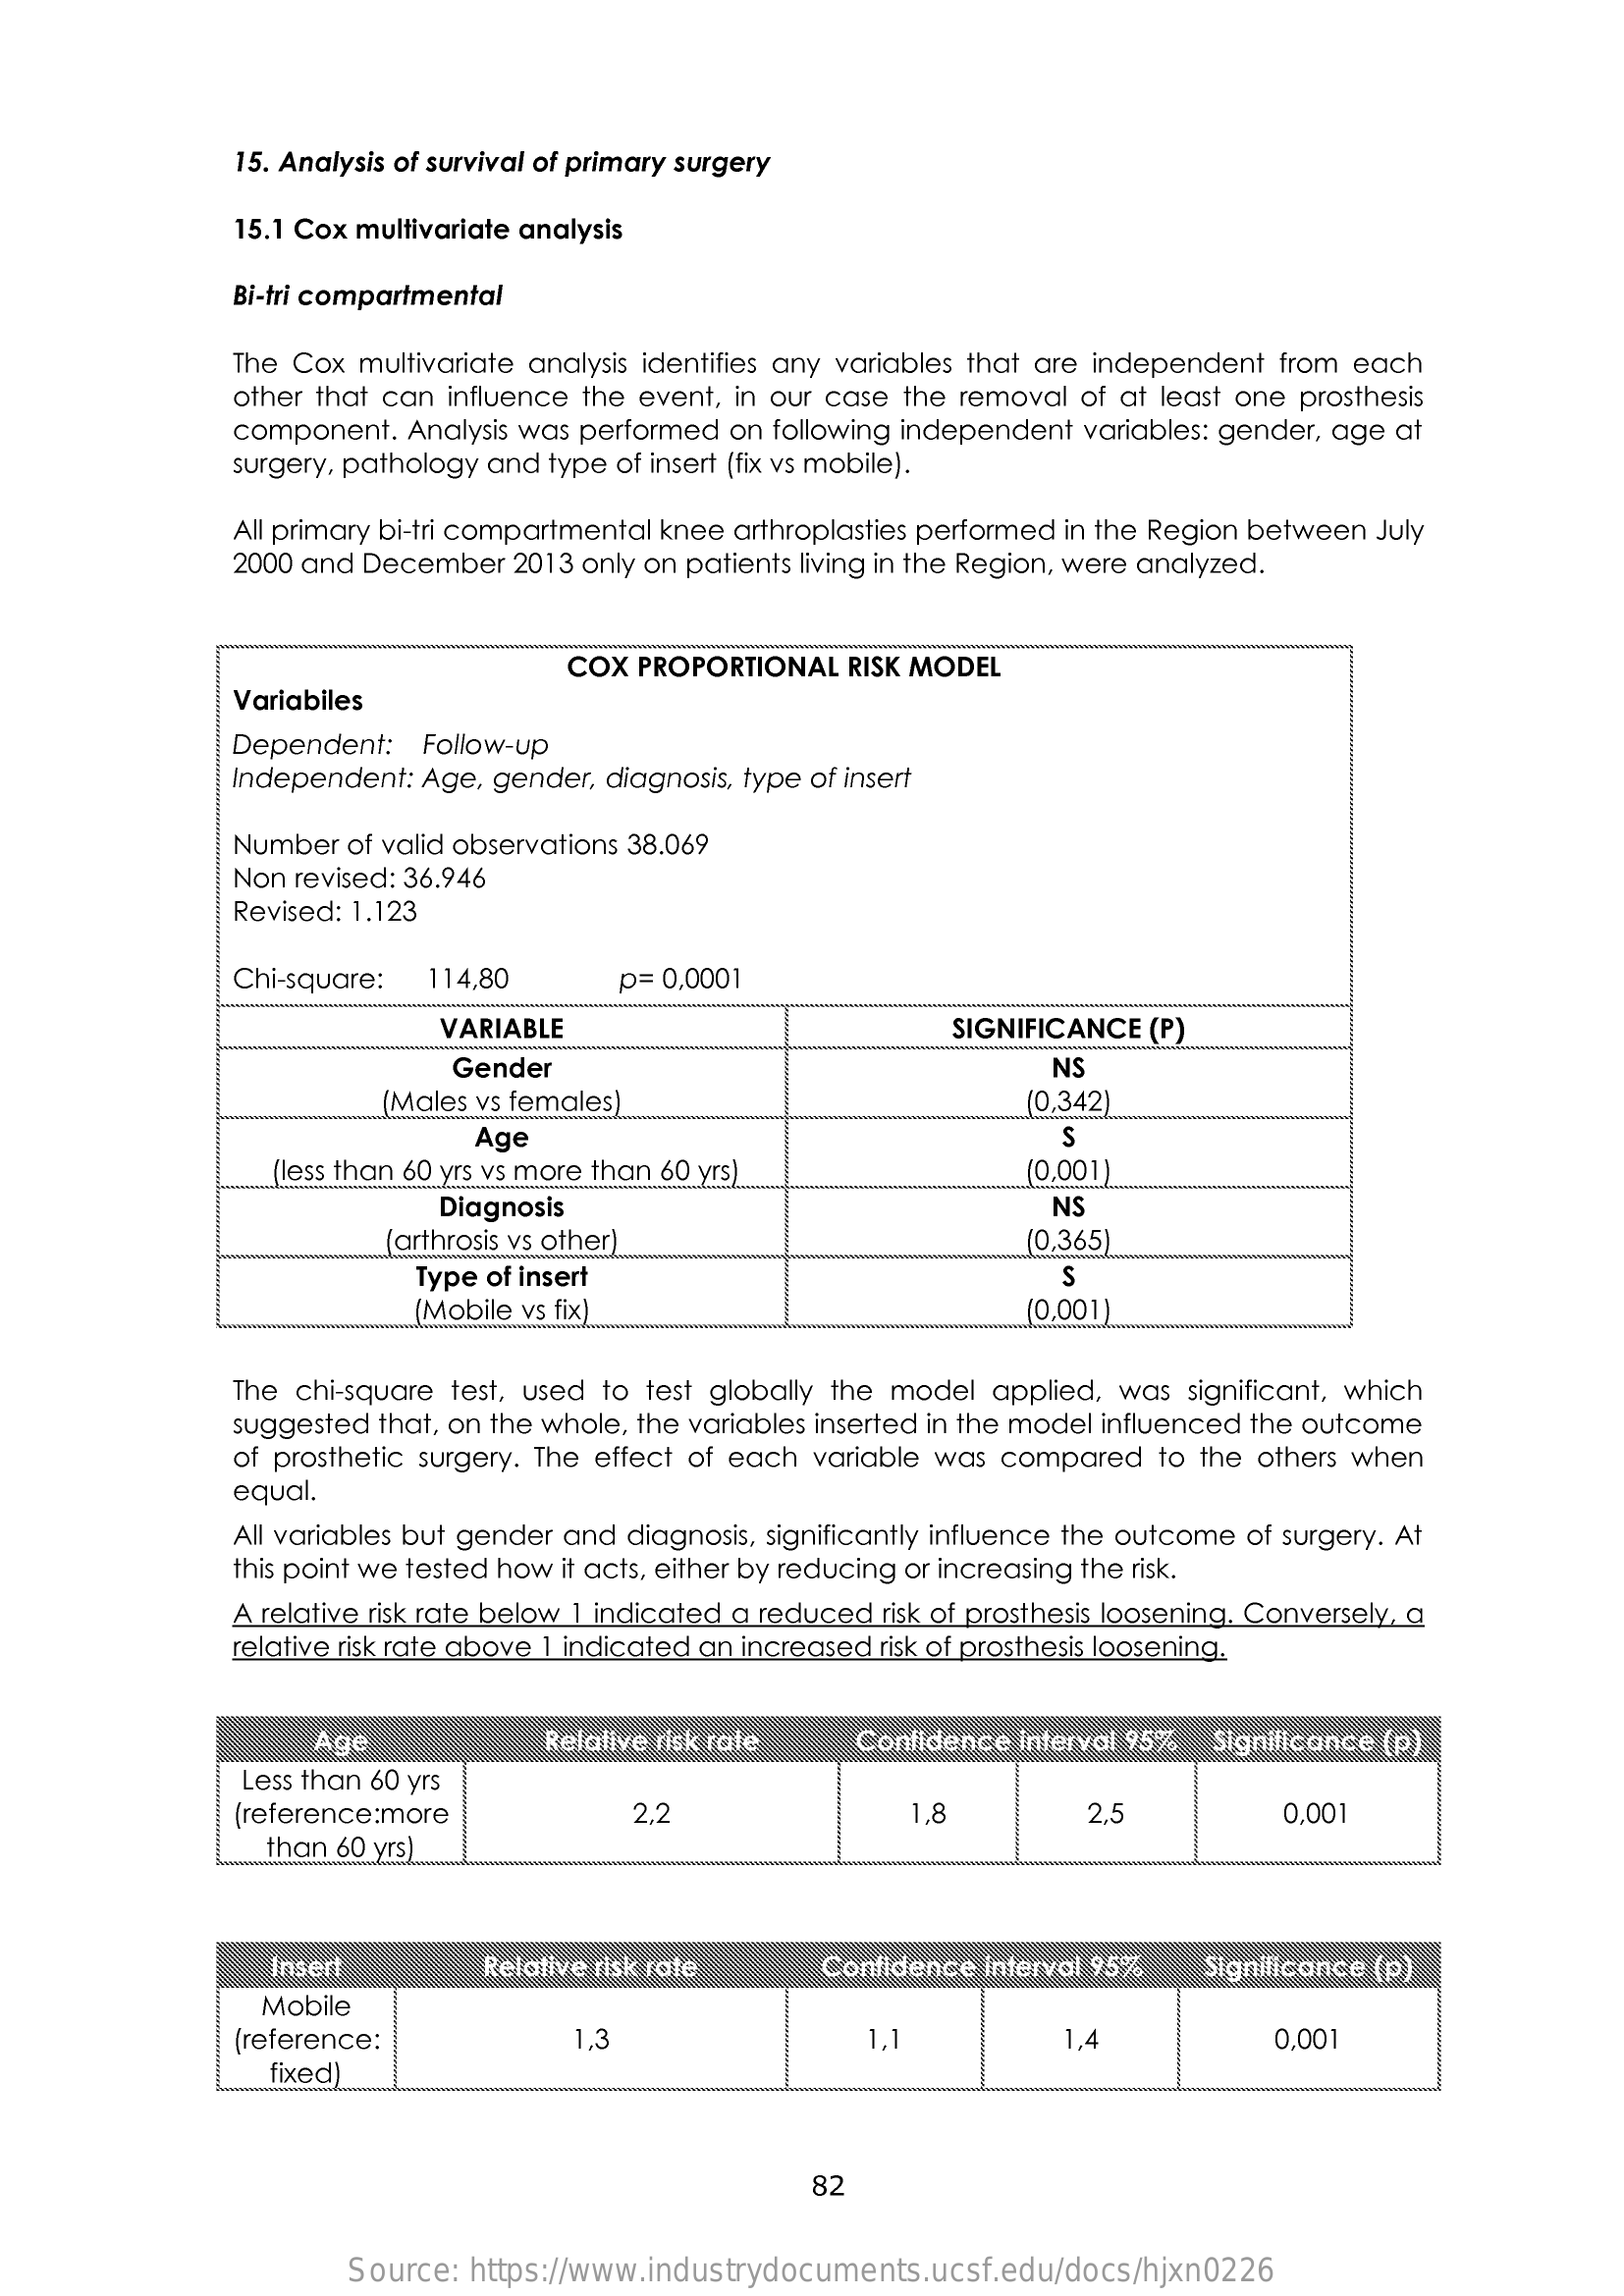
15. Analysis of survival of primary surgery
     15.1 Cox multivariate analysis
     Bi-tri compartmental
     The Cox multivariate analysis identifies any variables that are independent from each
     other that can influence the event, in our case the removal of at least one prosthesis
     component. Analysis was performed on following independent variables: gender, age at
     surgery, pathology and type of insert (fix vs mobile).
     All primary bi-tri compartmental knee arthroplasties performed in the Region between July
     2000 and December 2013 only on patients living in the Region, were analyzed.
     COX  PROPORTIONAL  RISK MODEL
     Variabiles
     Dependent:  Follow-up
     Independent: Age, gender, diagnosis, type of insert
     Number of valid observations 38.069
     Non revised: 36.946
     Revised: 1.123
     Chi-square: 114,80    p= 0,0001
     VARIABLE    SIGNIFICANCE (P)
     Gender    NS
     (Males vs females)    0,342)
     Age    S
     (less than 60 yrs vs more than 60 yrs)    (0,001
     Diagnosis    NS
     (arthrosis vs other)    (0,365)
     Type of insert    S
     (Mobile vs fix)    0,001
     The chi-square test, used to test globally the model applied, was significant, which
     suggested that, on the whole, the variables inserted in the model influenced the outcome
     of prosthetic surgery. The effect of each variable was compared to the others when
     equal.
     All variables but gender and diagnosis, significantly influence the outcome of surgery. At
     this point we tested how it acts, either by reducing or increasing the risk.
     A relative risk rate below 1 indicated a reduced risk of prosthesis loosening. Conversely, a
     relative risk rate above 1 indicated an increased risk of prosthesis loosening.
     Age    Relative risk rate   Confidence interval 95% Significance (p)
     Less than 60 yrs
     (reference:more    2,2    1,8    2,5    0,001
     than 60 yrs)
     Insert    Relative risk rate    Confidence interval 95%  Significance (p)
     Mobile
     (reference:    1,3    1,1    1,4    0,001
     fixed)
     82
     Source:  https://www.industrydocuments.ucsf.edu/docs/hjxn0226